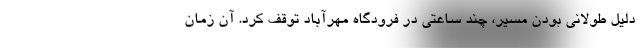
دلیل طولانی بودن مسیر، چند ساعتی در فرودگاه مهرآباد توقف کرد. آن زمان